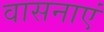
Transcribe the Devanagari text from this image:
वासनाएं